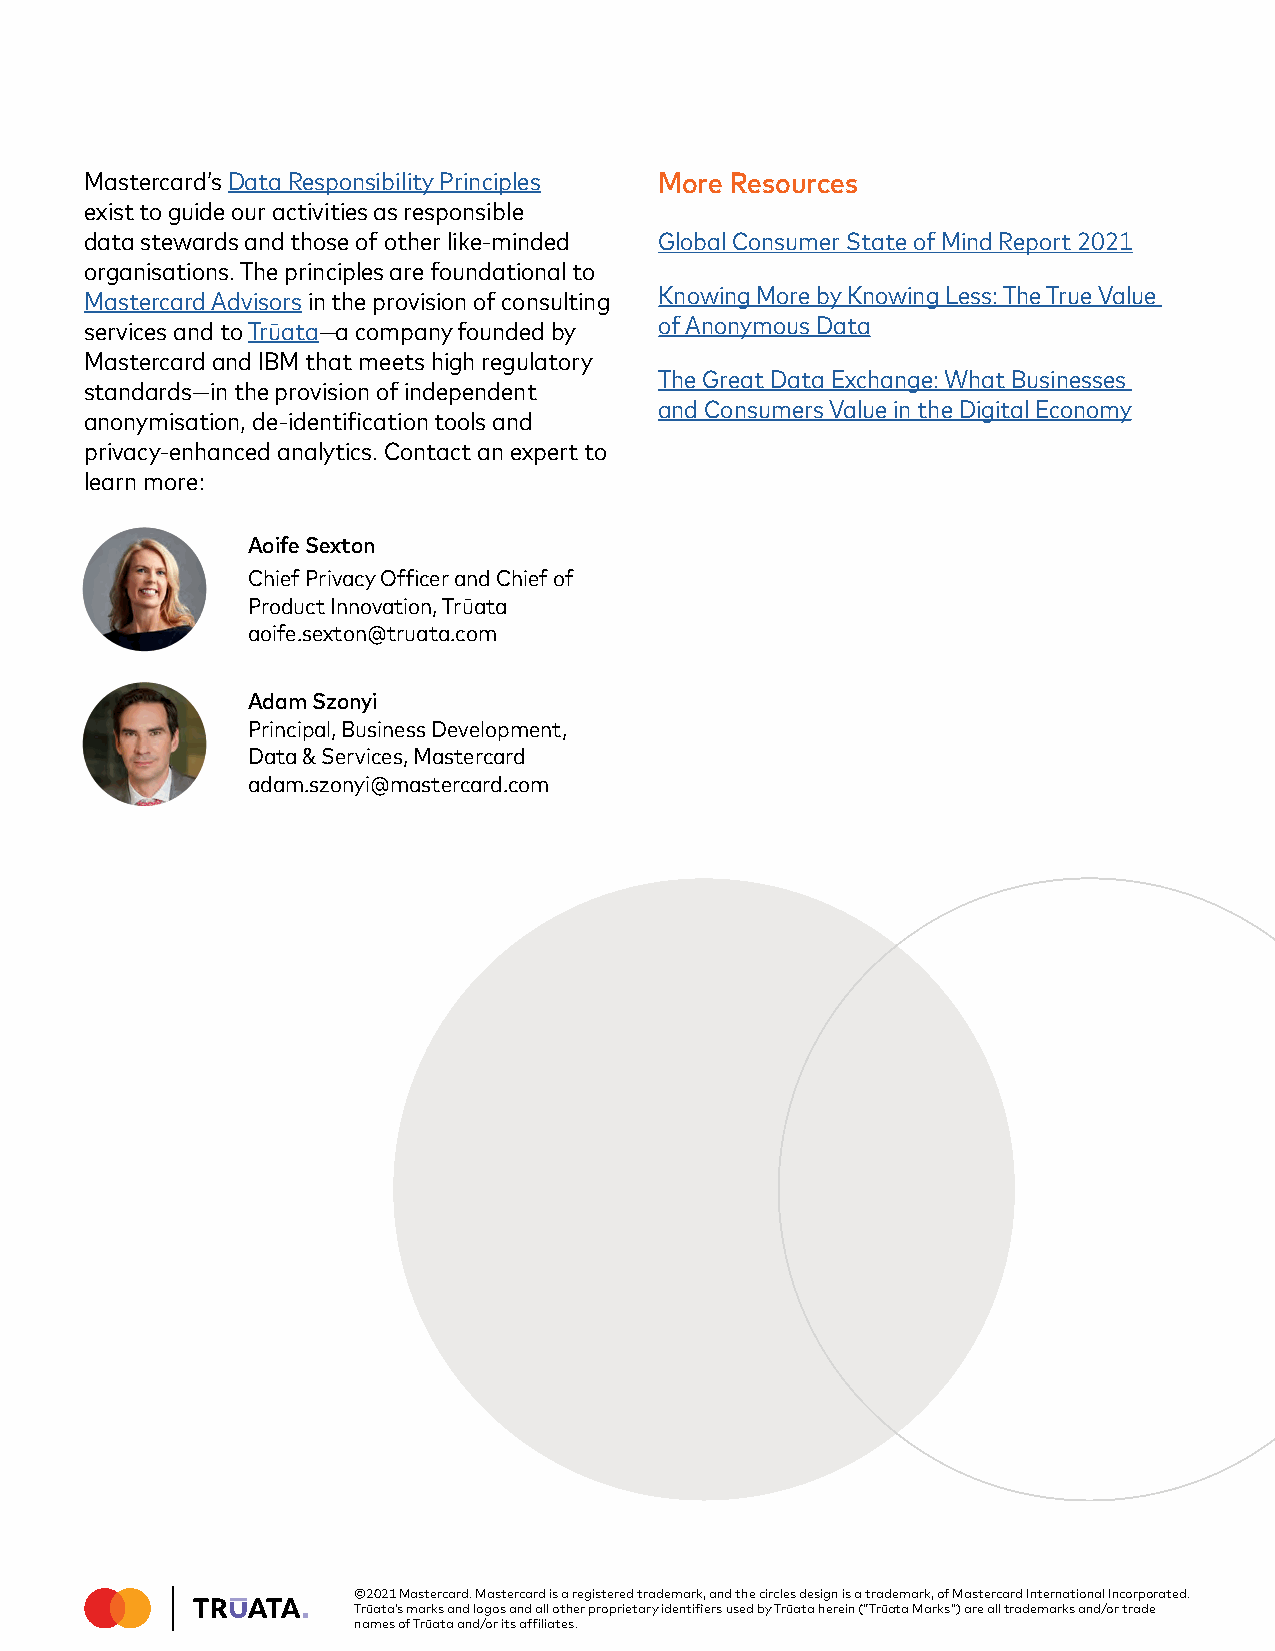
Mastercard’s Data Responsibility Principles More Resources
 exist to guide our activities as responsible
 data stewards and those of other like-minded Global Consumer State of Mind Report 2021
 organisations. The principles are foundational to
 Mastercard Advisors in the provision of consulting Knowing More by Knowing Less: The True Value
 services and to Trūata—a company founded by of Anonymous Data
 Mastercard and IBM that meets high regulatory
 The Great Data Exchange: What Businesses
 standards—in the provision of independent
 and Consumers Value in the Digital Economy
 anonymisation, de-identification tools and
 privacy-enhanced analytics. Contact an expert to
 learn more:
 Aoife Sexton
 Chief Privacy Officer and Chief of
 Product Innovation, Trūata
 aoife.sexton@truata.com
 Adam Szonyi
 Principal, Business Development,
 Data & Services, Mastercard
 adam.szonyi@mastercard.com
 ©2021 Mastercard. Mastercard is a registered trademark, and the circles design is a trademark, of Mastercard International Incorporated.
 Trūata’s marks and logos and all other proprietary identifiers used by Trūata herein (“Trūata Marks”) are all trademarks and/or trade
 names of Trūata and/or its affiliates.